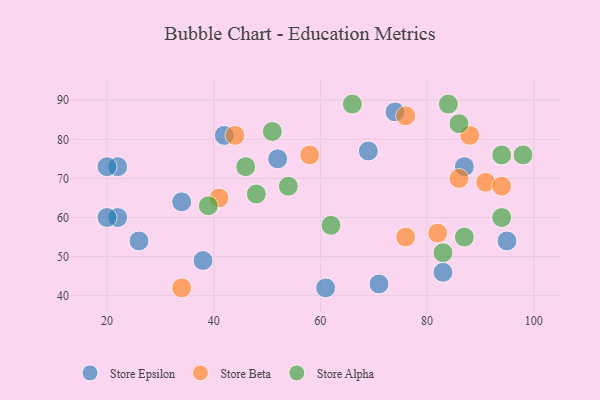
{"axis": {"x": "GDP", "y": "Life Expectancy"}, "legend": ["Store Alpha", "Store Beta", "Store Epsilon"], "data": [{"x": "38", "y": 49, "type": "Store Epsilon"}, {"x": "26", "y": 54, "type": "Store Epsilon"}, {"x": "22", "y": 73, "type": "Store Epsilon"}, {"x": "95", "y": 54, "type": "Store Epsilon"}, {"x": "83", "y": 46, "type": "Store Epsilon"}, {"x": "71", "y": 43, "type": "Store Epsilon"}, {"x": "42", "y": 81, "type": "Store Epsilon"}, {"x": "34", "y": 64, "type": "Store Epsilon"}, {"x": "20", "y": 73, "type": "Store Epsilon"}, {"x": "52", "y": 75, "type": "Store Epsilon"}, {"x": "61", "y": 42, "type": "Store Epsilon"}, {"x": "22", "y": 60, "type": "Store Epsilon"}, {"x": "87", "y": 73, "type": "Store Epsilon"}, {"x": "20", "y": 60, "type": "Store Epsilon"}, {"x": "74", "y": 87, "type": "Store Epsilon"}, {"x": "69", "y": 77, "type": "Store Epsilon"}, {"x": "44", "y": 81, "type": "Store Beta"}, {"x": "82", "y": 56, "type": "Store Beta"}, {"x": "76", "y": 86, "type": "Store Beta"}, {"x": "34", "y": 42, "type": "Store Beta"}, {"x": "91", "y": 69, "type": "Store Beta"}, {"x": "88", "y": 81, "type": "Store Beta"}, {"x": "41", "y": 65, "type": "Store Beta"}, {"x": "86", "y": 70, "type": "Store Beta"}, {"x": "94", "y": 68, "type": "Store Beta"}, {"x": "76", "y": 55, "type": "Store Beta"}, {"x": "58", "y": 76, "type": "Store Beta"}, {"x": "84", "y": 89, "type": "Store Alpha"}, {"x": "54", "y": 68, "type": "Store Alpha"}, {"x": "87", "y": 55, "type": "Store Alpha"}, {"x": "62", "y": 58, "type": "Store Alpha"}, {"x": "98", "y": 76, "type": "Store Alpha"}, {"x": "51", "y": 82, "type": "Store Alpha"}, {"x": "66", "y": 89, "type": "Store Alpha"}, {"x": "83", "y": 51, "type": "Store Alpha"}, {"x": "48", "y": 66, "type": "Store Alpha"}, {"x": "86", "y": 84, "type": "Store Alpha"}, {"x": "94", "y": 60, "type": "Store Alpha"}, {"x": "39", "y": 63, "type": "Store Alpha"}, {"x": "46", "y": 73, "type": "Store Alpha"}, {"x": "94", "y": 76, "type": "Store Alpha"}]}